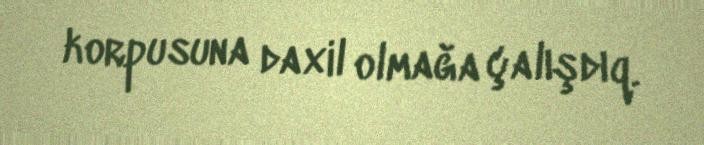
korpusuna daxil olmağa çalışdıq.